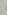
.